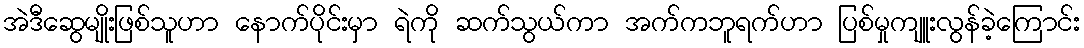
အဲဒီဆွေမျိုးဖြစ်သူဟာ နောက်ပိုင်းမှာ ရဲကို ဆက်သွယ်ကာ အက်ကဘူရက်ဟာ ပြစ်မှုကျူးလွန်ခဲ့ကြောင်း